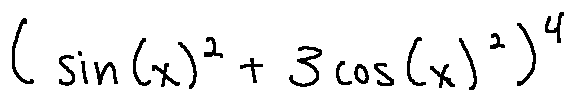
( \sin ( x ) ^ { 2 } + 3 \cos ( x ) ^ { 2 } ) ^ { 4 }